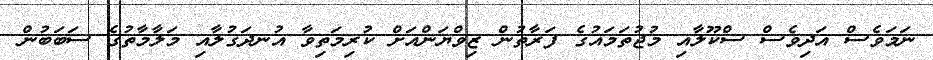
ނަމަވެސް އަދިވެސް ސްކޫލާއި މުޖުތަމައުގެ ފަރާތުން ޒިވްޔަންއަށް ކުރިމަތިވާ އުނދަގުލާއި މަލާމާތުގެ ސަބަބުން